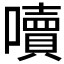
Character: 𡂝